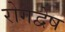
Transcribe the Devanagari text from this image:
रोगद्वेष